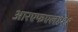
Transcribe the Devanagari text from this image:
आरएफएल१११